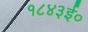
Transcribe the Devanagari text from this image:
१८४३ई०